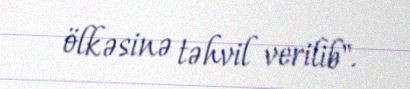
ölkəsinə təhvil verilib".